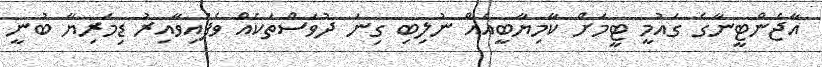
އާޖެންޓީނާގެ ގައުމީ ޓީމަށް ކާމިޔާބީއެއް ނުލިބި ގިނަ ދުވަސްތަކެއް ވެފައިވާއިރު ޑިމަރިޔާ ބުނީ